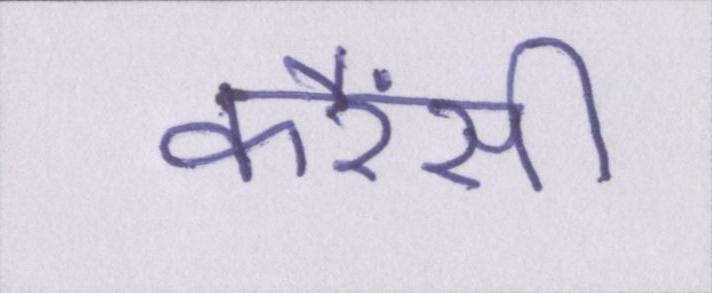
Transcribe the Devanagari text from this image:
करैंसी